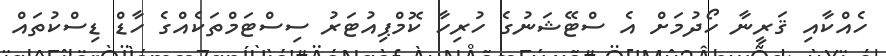
ހެއްކާއި ޤަރީނާ ހޯދުމަށް އެ ސްޓޭޝަނުގެ ހުރިހާ ކޮމްޕިއުޓަރު ސިސްޓަމްތަކެއްގެ ހާޑް ޑިސްކުތައް